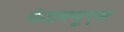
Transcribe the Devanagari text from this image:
केडब्ल्यूएम